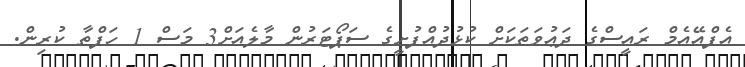
އެފްއޭއެމް ރައީސްގެ ދަޢުވަތަކަށް ކުޅުދުއްފުށީގެ ސަޕޯޓަރުން މާލެއަށް3 މަސް 1 ހަފްތާ ކުރިން.